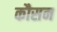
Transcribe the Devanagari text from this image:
कौसन